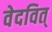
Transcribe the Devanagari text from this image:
वेदवित्